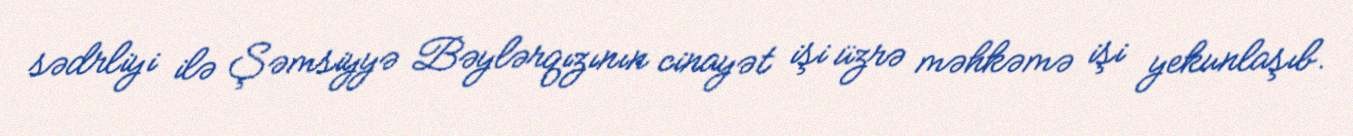
sədrliyi ilə Şəmsiyyə Bəylərqızının cinayət işi üzrə məhkəmə işi yekunlaşıb.